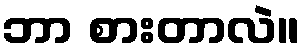
ဘာ စားတာလဲ။